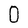
Character: O